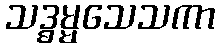
သဒ္ဓမ္မသေသကာ